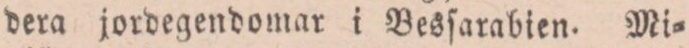
dera jordegendomar i Besſarabien. Mi=